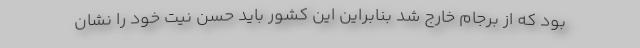
بود که از برجام خارج شد بنابراین این کشور باید حسن نیت خود را نشان